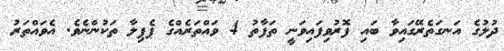
ދުލުގެ އަނގަތެރޭގައިވާ ބައި ފޮރުވިފައިވަނީ ތަފާތު 4 ވައްތަރެއްގެ ޕެޕިލާ ތަކުންނެވެ. އެވައްތަރު